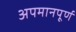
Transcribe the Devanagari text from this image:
अपमानपूर्ण